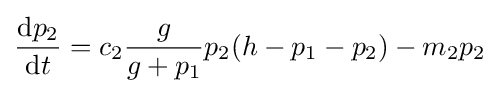
{\frac {{\text{d}}p_{2}}{{\text{d}}t}}=c_{2}{\frac {g}{g+p_{1}}}p_{2}(h-p_{1}-p_{2})-m_{2}p_{2}